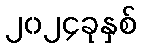
၂၀၂၄ခုနှစ်